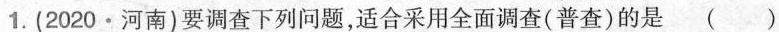
1.(2020·河南)要调查下列问题，适合采用全面调查(普查)的是()